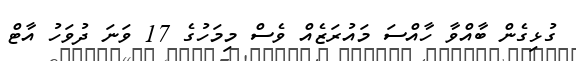
ގުޅިގެން ބާއްވާ ހާއްސަ މައުރަޒެއް ވެސް މިމަހުގެ 17 ވަނަ ދުވަހު އާޓް